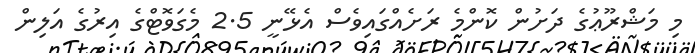
މި މަޝްރޫޢުގެ ދަށުން ކޮންމެ ރަށެއްގައިވެސް އެޅޭނީ 2.5 މެގަވޮޓްގެ އިރުގެ އަލިން